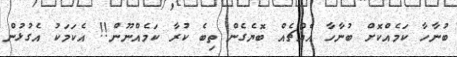
ބުނާހާ ކަމެއްކޮށް ބުނާހާ އެއްޗެއް ބޮޔެގެން ތިބެ ކުރާ ކަމެއްނޫން!! އެކަމަކު އެގުޅުން